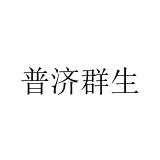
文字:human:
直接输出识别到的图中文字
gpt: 普济群生